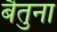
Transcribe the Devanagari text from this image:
बैतुना